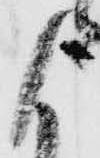
よ